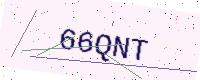
Text: 66QNT